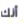
أنك